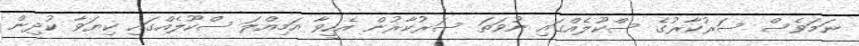
ނަމަވެސް ސަރުކާރުގެ ސްކޫލެއްގައި ނުވަތަ ސަރުކާރުން އެހީވާ އަމިއްލަ ސްކޫލެއްގައި ކިޔަވާ ކުދިން